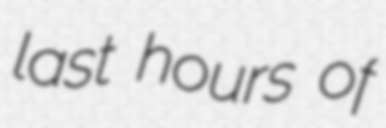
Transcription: last hours of